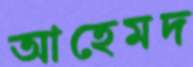
আহেমদ